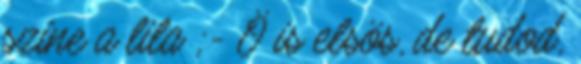
szine a lila ;- Ö is elsös, de tudod,